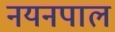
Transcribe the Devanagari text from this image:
नयनपाल